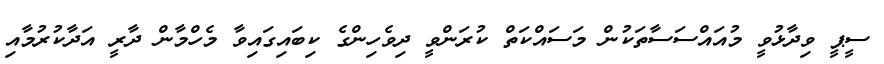
ސީޕީ ވިދާޅުވީ މުއައްސަސާތަކުން މަސައްކަތް ކުރަންވީ ދިވެހިންގެ ކިބައިގައިވާ މެހްމާން ދާރީ އަދާކުރުމާއި